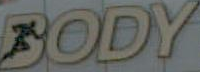
BODY